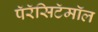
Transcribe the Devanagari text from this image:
पॅरॅसिटॅमॉल